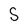
Character: S